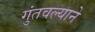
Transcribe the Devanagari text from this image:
गुंतवल्याने